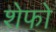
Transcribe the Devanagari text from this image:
शेफो